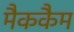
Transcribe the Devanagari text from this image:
मैककैम